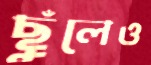
ছুঁলেও